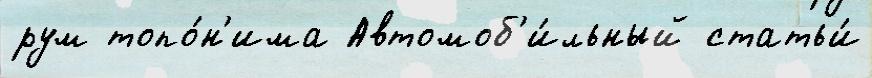
рум топо́н'има Автомоб'и́льный статьи́